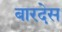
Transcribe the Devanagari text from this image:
बारदेस